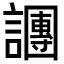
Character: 𬣍